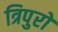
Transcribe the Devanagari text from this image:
त्रिपुरों